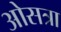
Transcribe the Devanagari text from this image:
ओसत्रा